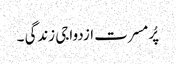
پُرمسرت ازدواجی زندگی ۔